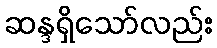
ဆန္ဒရှိသော်လည်း